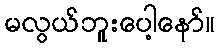
မလွယ်ဘူးပေါ့နော်။